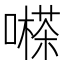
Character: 𡁽